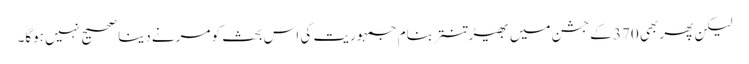
لیکن پھر بھی 370 کے جشن میں بھیڑ تنتر بنام جمہوریت کی اس بحث کو مرنے دینا صحیح نہیں ہوگا۔